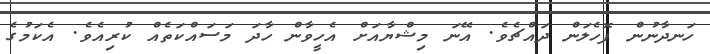
ހަނދާނުން ފޮހެލަން ދައްޗެވެ. އޭނަ މިޝްޔާއަށް އެހީވާން ހާދަ މަސައްކަތެއް ކުރިއެވެ. އެކަމުގެ